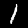
Digit: 1